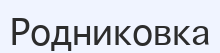
Родниковка